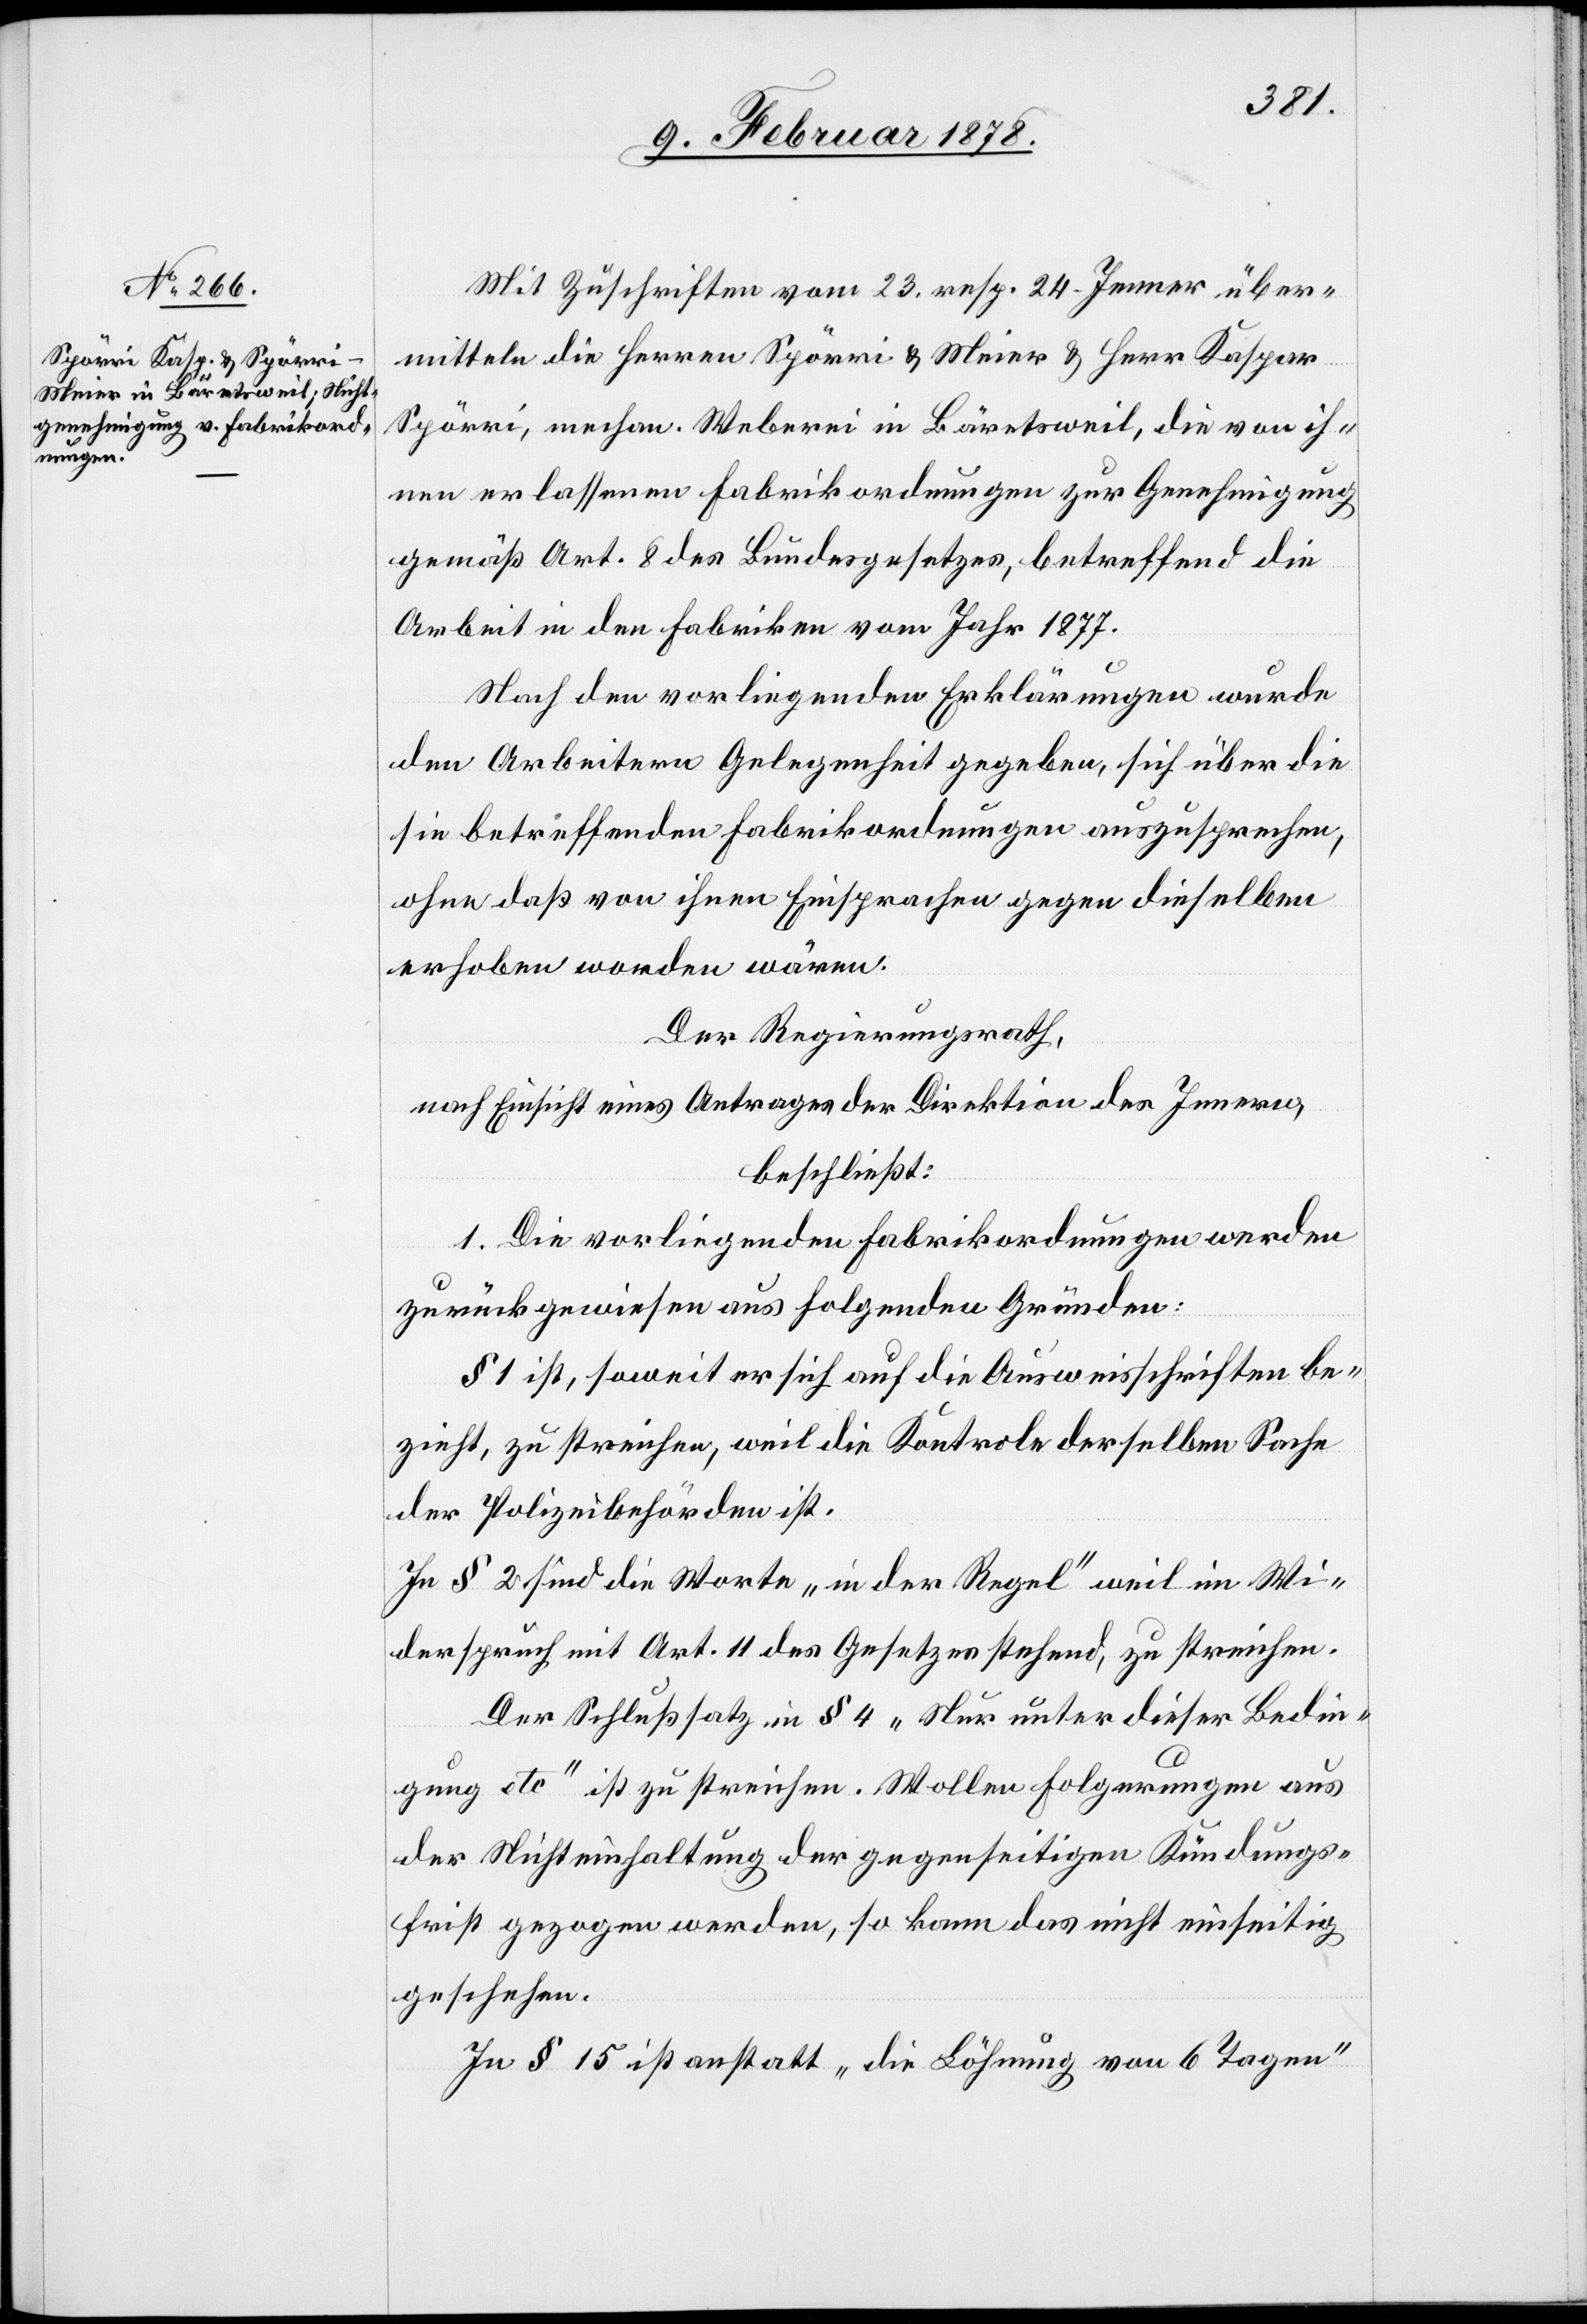
Mit Zuschriften vom 23. resp. 24. Jenner über¬
mitteln die Herren Spörri & Meier & Herr Kaspar
Spörri, mechan. Weberei in Bäretsweil, die von ih¬
nen erlassenen Fabrikordnungen zur Genehmigung
gemäß Art. 8 des Bundesgesetzes, betreffend die
Arbeit in den Fabriken vom Jahr 1877.
Nach den vorliegenden Erklärungen wurde
den Arbeitern Gelegenheit gegeben, sich über die
sie betreffenden Fabrikordnungen auszusprechen,
ohne daß von ihnen Einsprachen gegen dieselben
erhoben worden wären.
Der Regierungsrath,
nach Einsicht eines Antrages der Direktion des Innern,
beschließt:
1. Die vorliegenden Fabrikordnungen werden
zurückgewiesen aus folgenden Gründen:
§ 1 ist, soweit er sich auf die Ausweisschriften be¬
zieht, zu streichen, weil die Kontrole derselben Sache
der Polizeibehörden ist.
In § 2 sind die Worte „in der Regel“ weil im Wi¬
derspruch mit Art. 11 des Gesetzes stehend, zu streichen.
Der Schlusssatz in§ 4 „Nur unter dieser Bedin¬
gung etc“ ist zu streichen. Wollen Folgerungen aus
der Nichteinhaltung der gegenseitigen Kündungs¬
frist gezogen werden, so kann das nicht einseitig
geschehen.
In § 15 ist anstatt „die Löhnung von 6 Tagen“